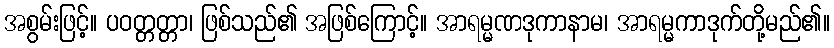
အစွမ်းဖြင့်။ ပဝတ္တတ္တာ၊ ဖြစ်သည်၏ အဖြစ်ကြောင့်။ အာရမ္မဏဒုကာနာမ၊ အာရမ္မကာဒုက်တို့မည်၏။